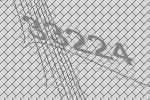
33224